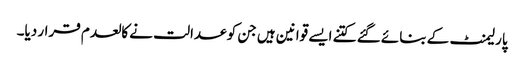
پارلیمنٹ کے بنائے گئے کتنے ایسے قوانین ہیں جن کو عدالت نے کالعدم قرار دیا۔